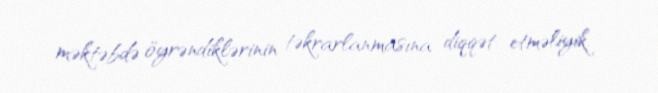
məktəbdə öyrəndiklərinin təkrarlanmasına diqqət etməliyik.